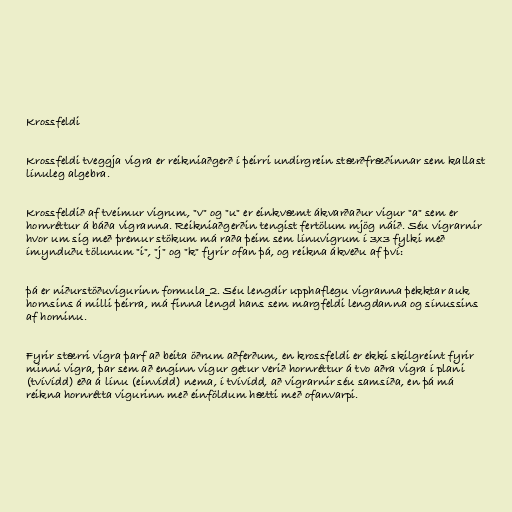
Krossfeldi

Krossfeldi tveggja vigra er reikniaðgerð í þeirri undirgrein stærðfræðinnar sem kallast
línuleg algebra.

Krossfeldið af tveimur vigrum, "v" og "u" er einkvæmt ákvarðaður vigur "a" sem er
hornréttur á báða vigranna. Reikniaðgerðin tengist fertölum mjög náið. Séu vigrarnir
hvor um sig með þremur stökum má raða þeim sem línuvigrum í 3x3 fylki með
ímynduðu tölunum "i", "j" og "k" fyrir ofan þá, og reikna ákveðu af því:

þá er niðurstöðuvigurinn formula_2. Séu lengdir upphaflegu vigranna þekktar auk
hornsins á milli þeirra, má finna lengd hans sem margfeldi lengdanna og sínussins
af horninu.

Fyrir stærri vigra þarf að beita öðrum aðferðum, en krossfeldi er ekki skilgreint fyrir
minni vigra, þar sem að enginn vigur getur verið hornréttur á tvo aðra vigra í plani
(tvívídd) eða á línu (einvídd) nema, í tvívídd, að vigrarnir séu samsíða, en þá má
reikna hornrétta vigurinn með einföldum hætti með ofanvarpi.